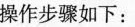
操作步骤如下：